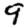
Digit: 9